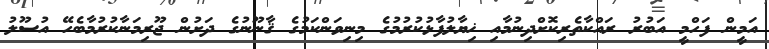
އަމީން ފަހްމީ އަބުރު ރައްކާތެރިކޮށްދިނުމާއި ޚިޔާލުފާޅުކުރުމުގެ މިނިވަންކަމުގެ ޤާނޫނުގެ ދަށުން ޖޫރިމަނާކުރުމާބެހޭ އުސޫލު